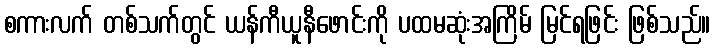
စကားလက် တစ်သက်တွင် ယန်ကီယူနီဖောင်းကို ပထမဆုံးအကြိမ် မြင်ရဖြင်း ဖြစ်သည်။